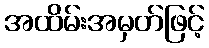
အထိမ်းအမှတ်ဖြင့်